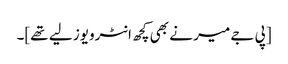
[پی جے میر نے بھی کچھ انٹرویوز لیے تھے]۔